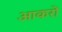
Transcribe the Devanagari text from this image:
आकरों